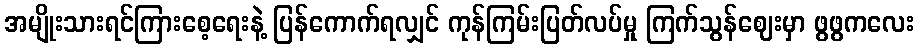
အမျိုးသားရင်ကြားစေ့ရေးနဲ့ ပြန်ကောက်ရလျှင် ကုန်ကြမ်းပြတ်လပ်မှု ကြက်သွန်ဈေးမှာ ဖွဖွကလေး